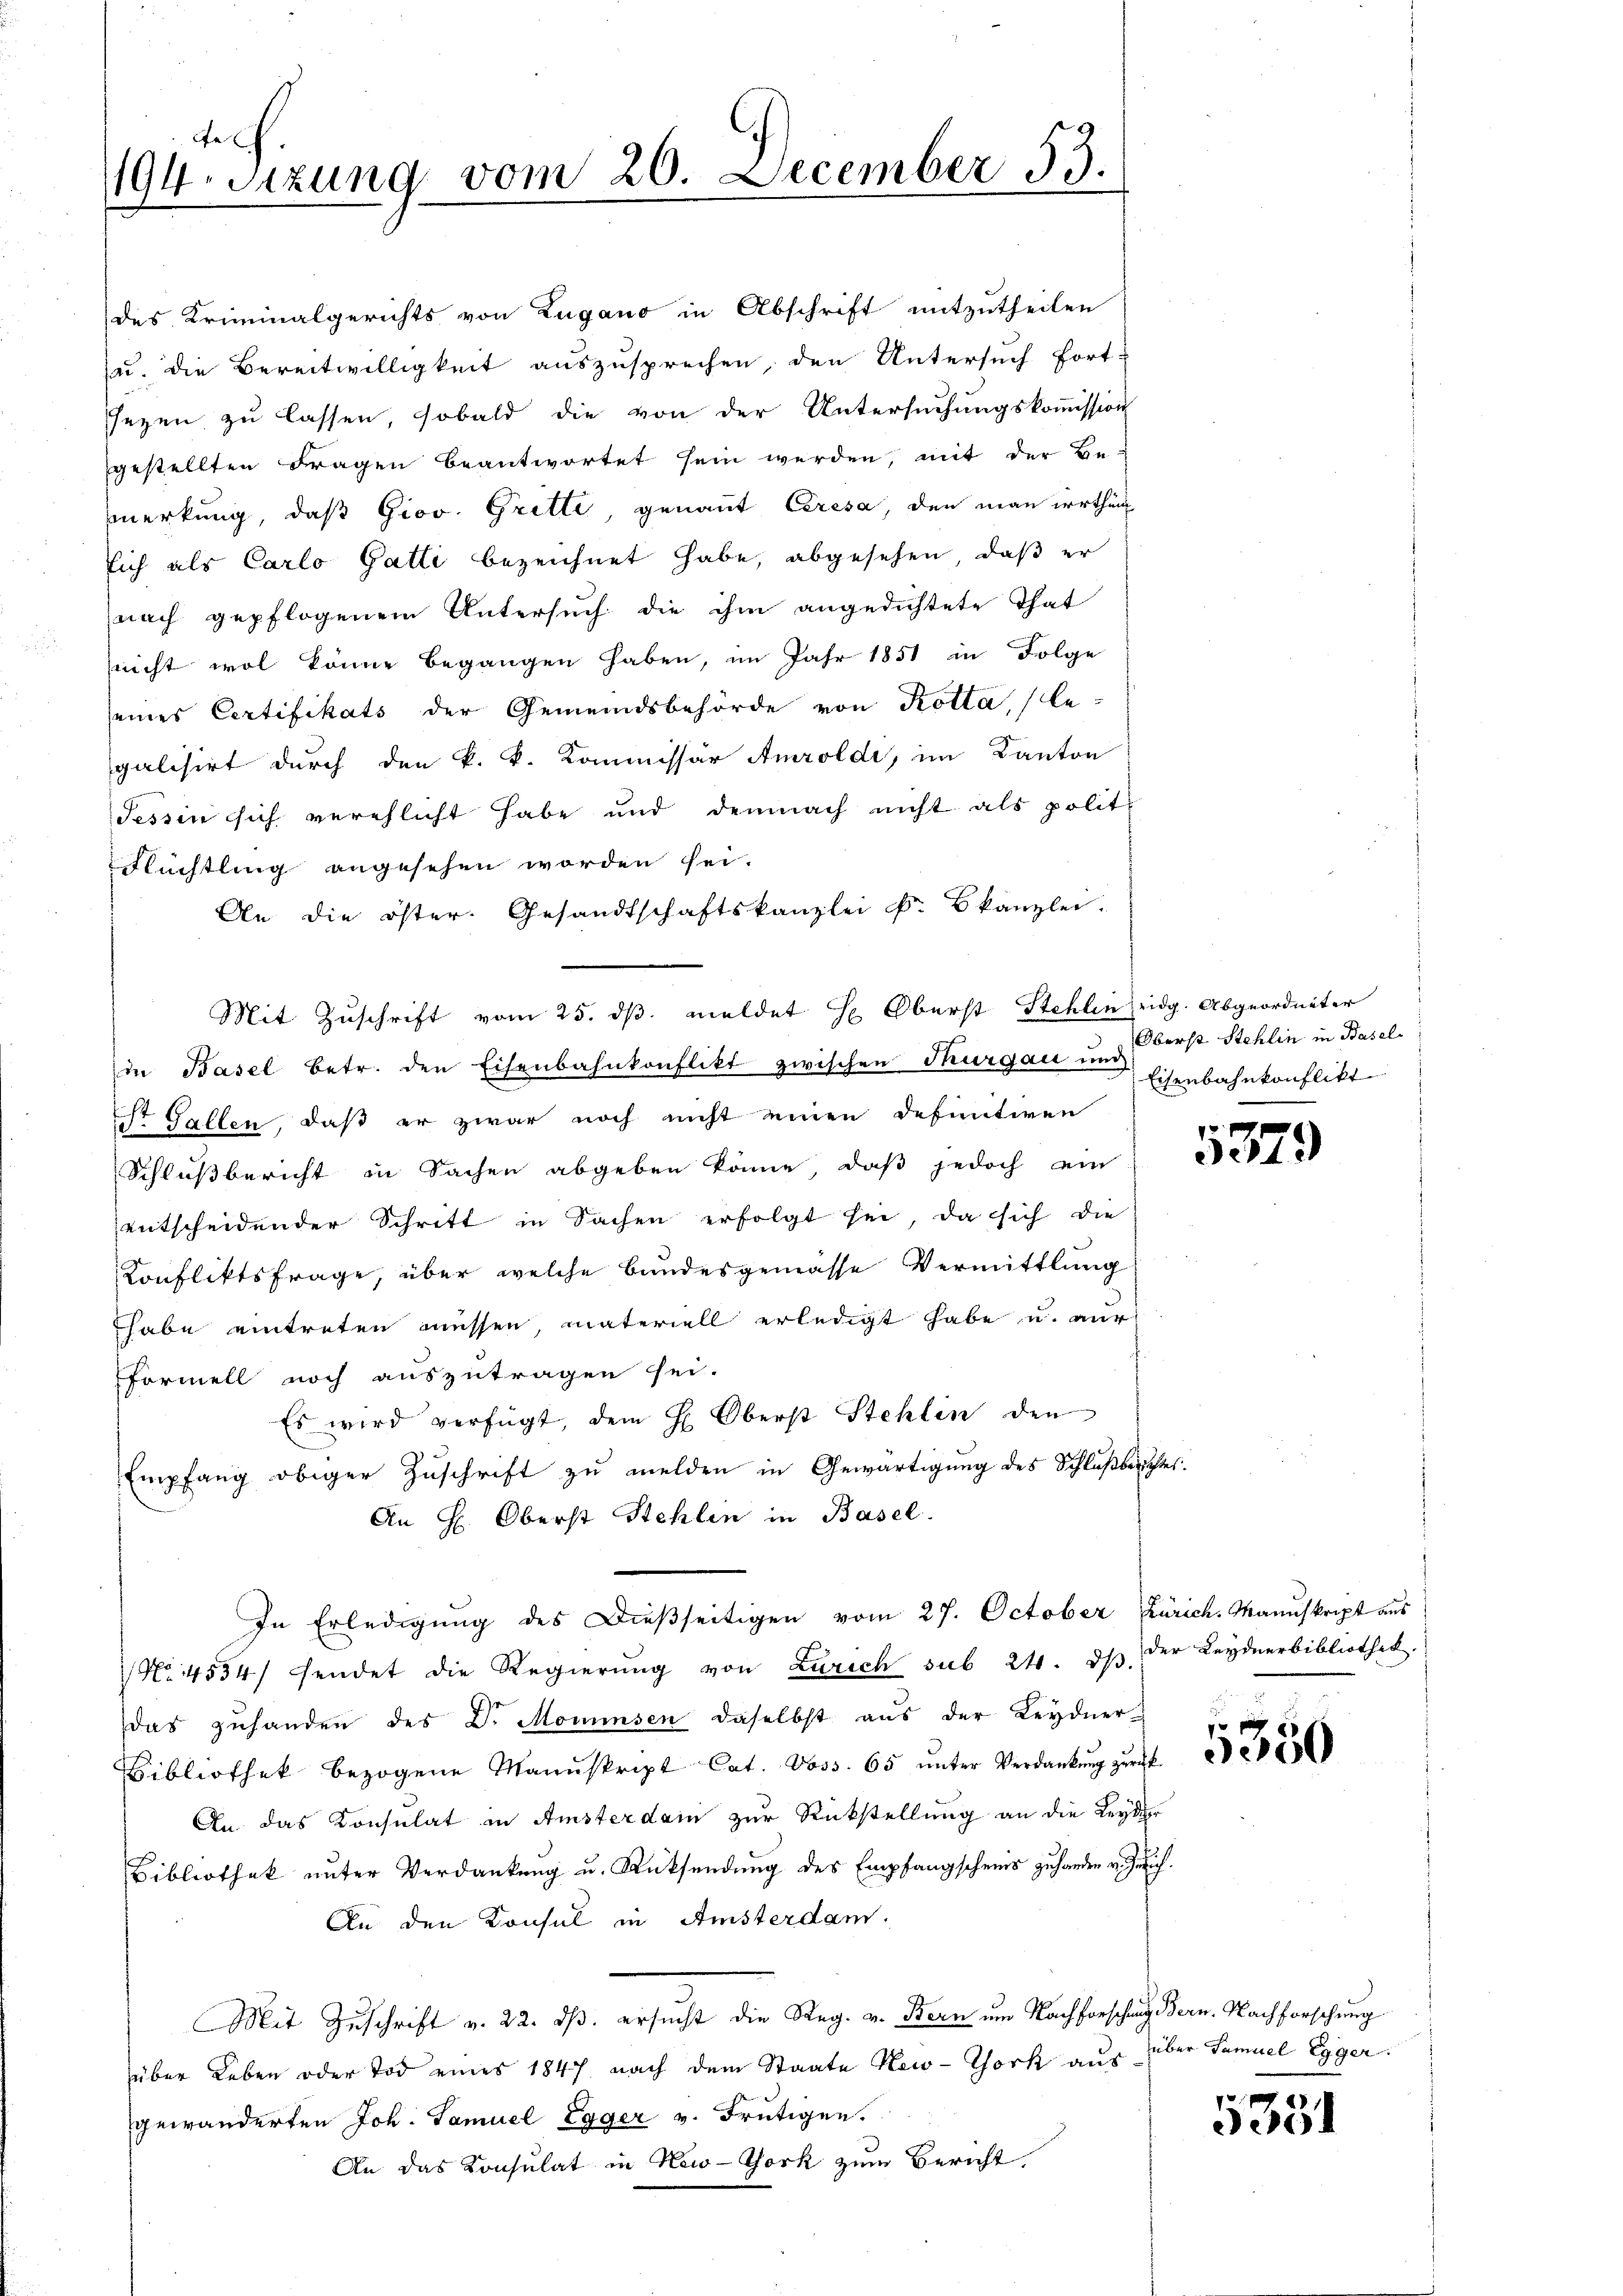
e
194 sizung vom 20. December 53.

des Kriminalgerichts von Zugano in Abschrift mitzutheilen
zu. Die Bereitwilligkeit auszusprechen, den Untersuch fort-
sezen zu lassen, sobald die von der Untersuchungskommission
gestellten Fragen beantwortet sein werden, mit der Be-
merkung, daß Giov. Gritte, genannt Ceresa, den man irrthun
sich als Carlo Gatti bezeichnet habe, abgesehen, daß er
nach gepflogenem Untersuch die ihm angedichtete That
nicht wol könne begangen haben, im Jahr 1851 in Folge
seines Certifikats der Gemeindsbehörde von Kotta, legalisirt durch den k. k. Kommissär Amroldi, im Kanton
Tessin sich verehlicht habe und demnach nicht als polit
Rüchtling angesehen worden sei.
An die öster. Gesandtschaftskanzlei k. kanzlei-
Mit Zŭschrift vom 25. dβ meldet H. Oberst Stehlen eidg. Abgeordneter
in Basel betr. den Eisenbahnkonflikt zwischen Thurgau und Oberst Stehlin in Basel-
Ist Gallen, daß er zwar noch nicht einen definitiven
Schlußbericht in Sachen abgeben könne, daß jedoch ein
entscheidender Schritt in Sachen erfolgt sei, da sich die
Konfliktsfrage, über welche Bundesgemässe Vermittlung
habe eintreten müssen, materiell erledigt habe u. nur
formell noch auszutragen sei.
Es wird verfügt, dem H. Oberst Stehlin den
Empfang obiger Zuschrift zu melden in Gewärtigung des Schlußberichtes.
An H. Oberst Stehlen in Basel.
In Erledigung des Dießseitigen vom 27. October Zürich. Manuskript aus
No. 4554/ sendet die Regierung von Zürich sub 24. ds. der Leydnerbibliothek.
das zuhanden des Dr. Mommsen, daselbst aus der Leydner
Bibliothek bezogene Manuskript Cat. Voss. 65 ŭnter Verdankŭng zŭrück-
An das Konsulat in Amsterdam zur Rückstellung an die Leyder
Bibliothek unter Verdankung u. Rücksendung des Empfangschenis zuhanden v. Zürich.
An den Konsul in Amsterdam.
Mit Zuschrift v. 22. ds. ersucht die Reg. v. Bern um Nachforschung Bern. Nachforschung
über Leben oder Tod eines 1847 nach dem Staate New-York aus über Samuel Egger.
gewänderten Joh. Samuel Egger v. Frutigen.
An das Konsulat in New-York zum Bericht

Eisenbahnkonflikt

5379

5350

5351